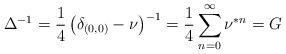
LaTeX: \begin{align*}\Delta^{-1} = \frac{1}{4} \left( \delta_{(0,0)} - \nu \right)^{-1} = \frac{1}{4} \sum_{n=0}^\infty \nu^{*n} = G\end{align*}